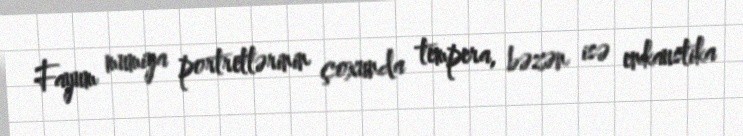
Fayum mumiya portretlərinin çoxunda tempera, bəzən isə enkaustika